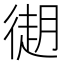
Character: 𢕤